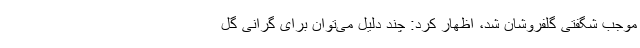
موجب شگفتی گلفروشان شد، اظهار کرد: چند دلیل می‌توان برای گرانی گل